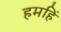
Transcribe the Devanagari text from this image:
हमहिं